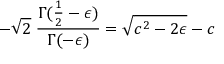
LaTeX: - \sqrt { 2 } \; \frac { \Gamma ( \frac { 1 } { 2 } - \epsilon ) } { \Gamma ( - \epsilon ) } = \sqrt { c ^ { 2 } - 2 \epsilon } - c